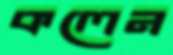
কলেন